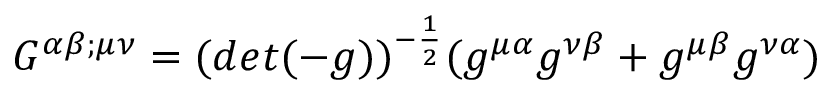
G ^ { \alpha \beta ; \mu \nu } = ( d e t ( - g ) ) ^ { - \frac { 1 } { 2 } } ( g ^ { \mu \alpha } g ^ { \nu \beta } + g ^ { \mu \beta } g ^ { \nu \alpha } )